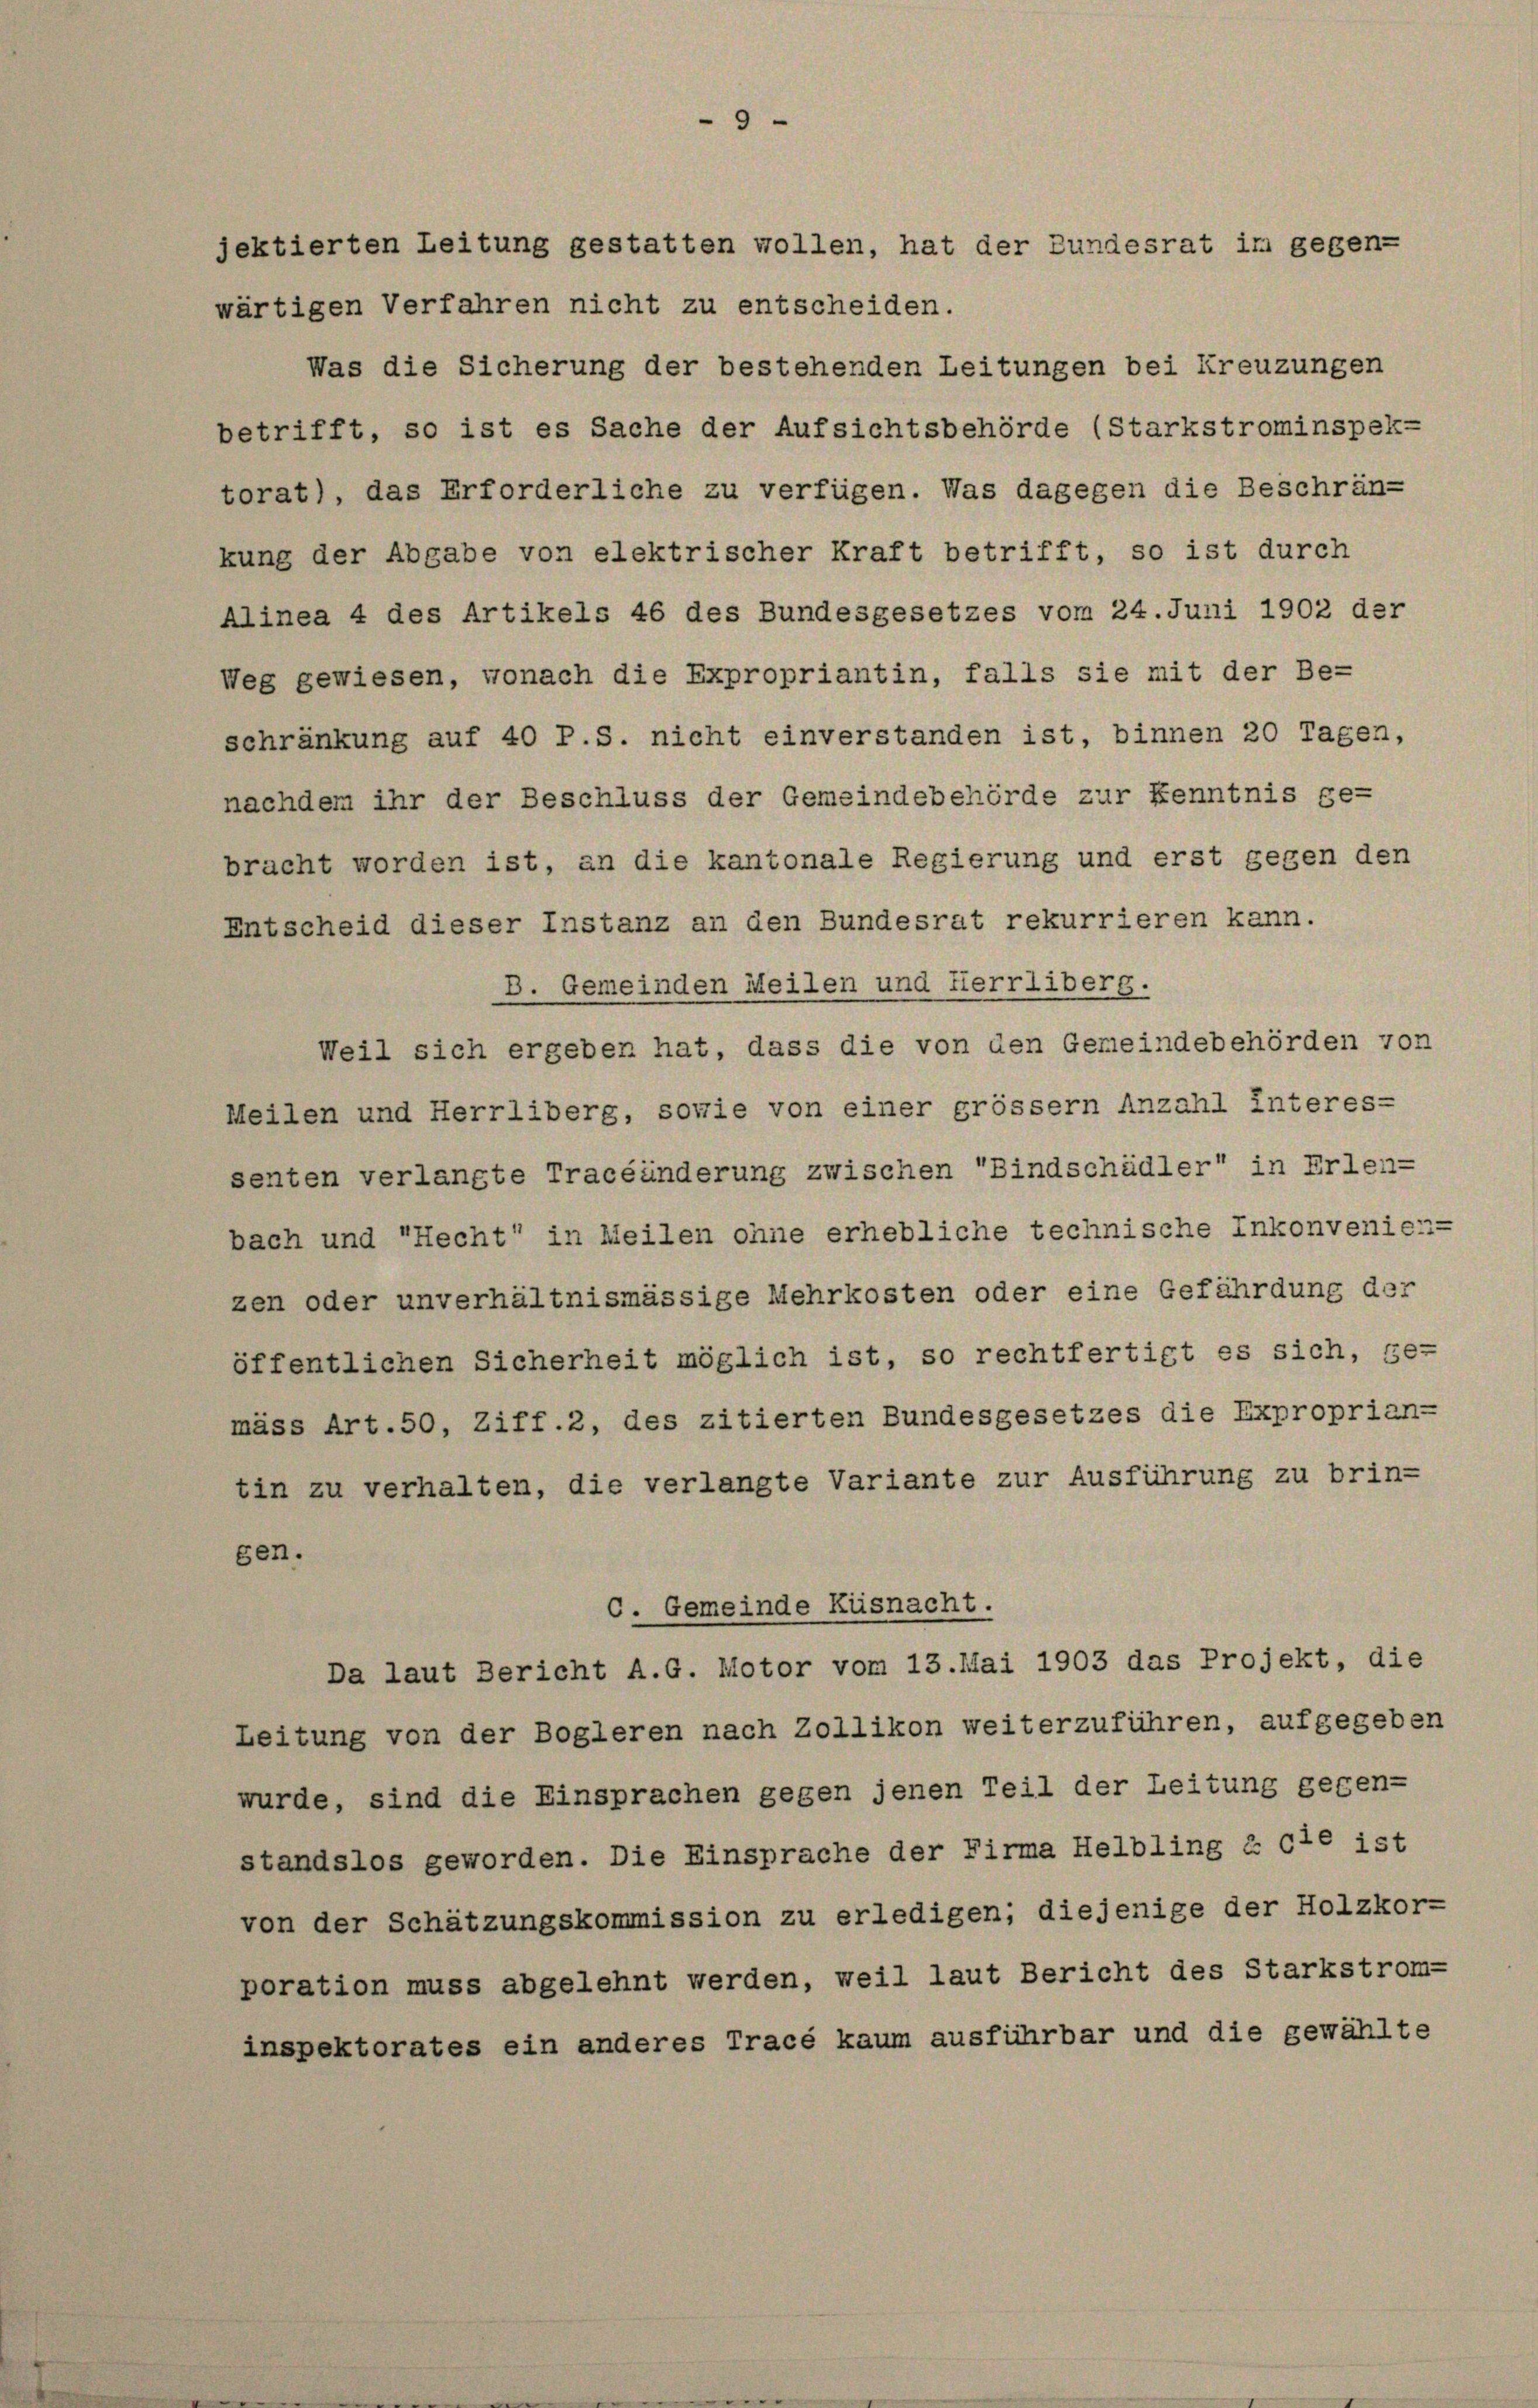
wärtigen Verfahren nicht zu entscheiden.

9

jektierten Leitung gestatten wollen, hat der Bundesrat im gegen-
Was die Sicherung der bestehenden Leitungen bei Kreuzungen
betrifft, so ist es Sache der Aufsichtsbehörde (Starkstrominspek-
torat), das Erforderliche zu verfügen. Was dagegen die Beschrän-
kung der Abgabe von elektrischer Kraft betrifft, so ist durch
Alinea 4 des Artikels 46 des Bundesgesetzes vom 24. Juni 1902 der
Weg gewiesen, wonach die Expropriantin, falls sie mit der Be-
schränkung auf 40 P.S. nicht einverstanden ist, binnen 20 Tagen,
nachdem ihr der Beschluss der Gemeindebehörde zur Kenntnis ge-
bracht worden ist, an die kantonale Regierung und erst gegen den
Entscheid dieser Instanz an den Bundesrat rekurrieren kann.
B. Gemeinden Meilen und fierrliberg.
Weil sich ergeben hat, dass die von den Gemeindebehörden von
Meilen und Herrliberg, sowie von einer grösser Anzahl Interes-
senten verlangte Traceänderung zwischen Bindschädler“ in Erlen-
bach und "Hecht“ in Meilen ohne erhebliche technische Inkonvenie--
zen oder unverhältnismässige Mehrkosten oder eine Gefährdung der
öffentlichen Sicherheit möglich ist, so rechtfertigt es sich, ge-
mäss Art. 50, Ziff. 2, des zitierten Bundesgesetzes die Exproprian-
tin zu verhalten, die verlangte Variante zur Ausführung zu brin-
gen.
C. Gemeinde Küsnacht.
Da laut Bericht A.G. Motor vom 13. Mai 1903 das Projekt, die
Leitung von der Bogleren nach Zollikon weiterzuführen, aufgegeben
wurde, sind die Einsprachen gegen jenen Teil der Leitung gegen-
standslos geworden. Die Einsprache der Firma Helbling & Cie ist
von der Schätzungskommission zu erledigen; diejenige der Holzkor-
poration muss abgelehnt werden, weil laut Bericht des Starkstrom-
inspektorates ein anderes Tracé kaum ausführbar und die gewählte